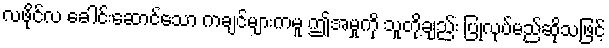
လဖိုင်လ ခေါင်းဆောင်သော ကချင်များကမူ ဤအမှုကို သူတို့ချည်း ပြုလုပ်မည်ဆိုသဖြင့်